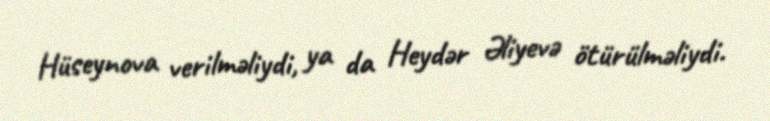
Hüseynova verilməliydi, ya da Heydər Əliyevə ötürülməliydi.